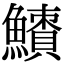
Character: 𩼜